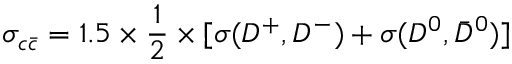
\sigma _ { c \bar { c } } = 1 . 5 \times { \frac { 1 } { 2 } } \times \lbrack { \sigma ( D ^ { + } , D ^ { - } ) + \sigma ( D ^ { 0 } , \bar { D } ^ { 0 } ) ] }